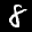
Label: 8